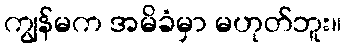
ကျွန်မက အမိခံမှာ မဟုတ်ဘူး။